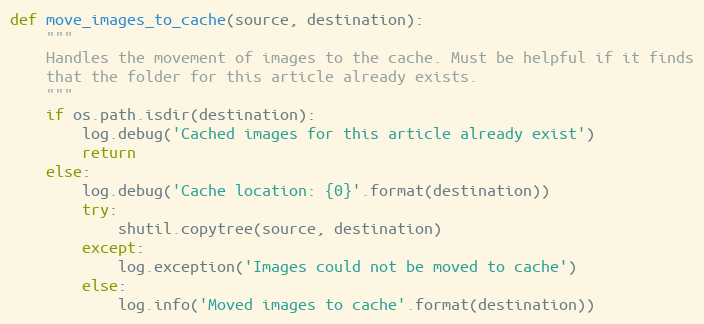
Language: Python
def move_images_to_cache(source, destination):
    """
    Handles the movement of images to the cache. Must be helpful if it finds
    that the folder for this article already exists.
    """
    if os.path.isdir(destination):
        log.debug('Cached images for this article already exist')
        return
    else:
        log.debug('Cache location: {0}'.format(destination))
        try:
            shutil.copytree(source, destination)
        except:
            log.exception('Images could not be moved to cache')
        else:
            log.info('Moved images to cache'.format(destination))